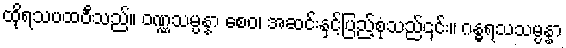
ထိုရသပထဝီသည်။ ဝဏ္ဏသမ္ပန္နာ စေဝ၊ အဆင်းနှင့်ပြည့်စုံသည်၎င်း။ ဂန္ဓရသသမ္ပန္နာ